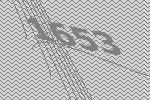
1653